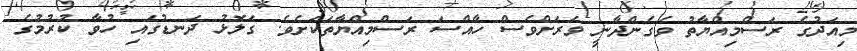
މިއަދުގެ ރަސްމިއްޔާތު ވެގެންދާނީ ވަރަށްވެސް ހާއްސަ ރަސްމިއްޔާތަކަށެވެ. ގަލޮޅު ދަނޑުގައި ހުވާ ކުރުމުގެ